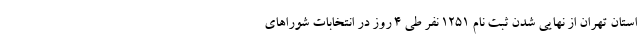
استان تهران از نهایی شدن ثبت نام ١٢٥١ نفر طی ۴ روز در انتخابات شوراهای